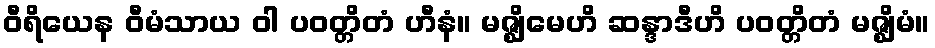
ဝီရိယေန ဝီမံသာယ ဝါ ပဝတ္တိတံ ဟီနံ။ မဇ္ဈိမေဟိ ဆန္ဒာဒီဟိ ပဝတ္တိတံ မဇ္ဈိမံ။